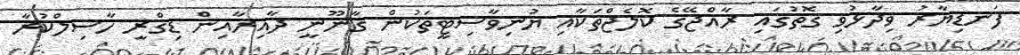
ފަނޑިޔާރު ވިދާޅުވި ގޮތުގައި ރާއްޖޭގެ ކޮލެޖްތަކާއި ޔުނިވާސިޓީތަކުން ގާނޫނީ ދާއިރާއިން ޑިގްރީ ހާސިލްކުރާ